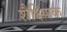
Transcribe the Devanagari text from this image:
शैक्ष्णिक